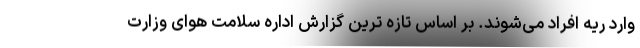
وارد ریه افراد می‌شوند. بر اساس تازه ترین گزارش اداره سلامت هوای وزارت